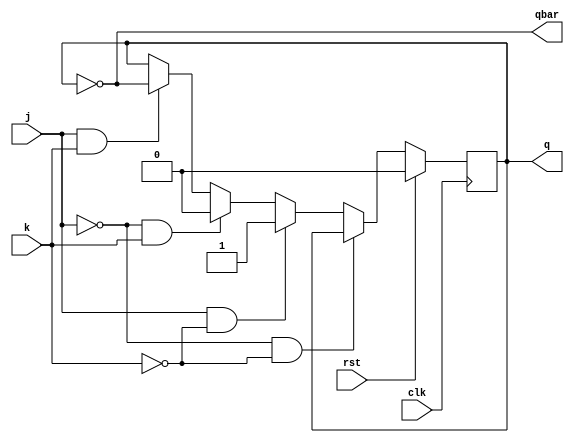
module jkff(j,k,q,qbar,clk,rst);
input j,k,clk,rst;
output reg q;
output qbar;
assign qbar=~q;
always @(posedge clk) begin
    if(rst)
    q<=1'b0;
    else if(j==1'b0 && k==1'b0)
    q<=q;
    else if(j==1'b1 && k==1'b0)
    q<=1;
    else if(j==1'b0 && k==1'b1)
    q<=0;
    else if(j==1'b1 && k==1'b1)
    q<=~q;
end
endmodule